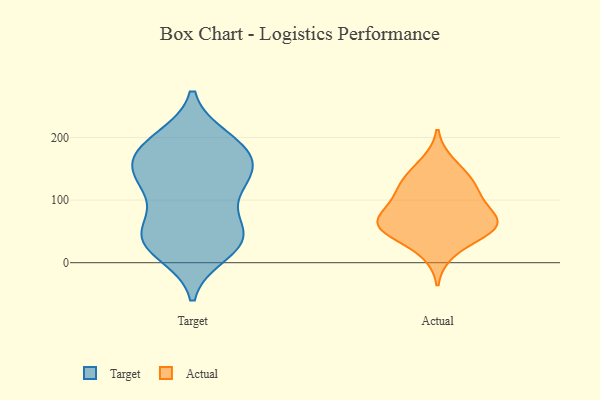
{"axis": {"x": "Latency (ms)", "y": "Value"}, "legend": ["Actual", "Target"], "data": [{"x": "", "y": 44, "type": "Target"}, {"x": "", "y": 167, "type": "Target"}, {"x": "", "y": 185, "type": "Target"}, {"x": "", "y": 146, "type": "Target"}, {"x": "", "y": 174, "type": "Target"}, {"x": "", "y": 28, "type": "Target"}, {"x": "", "y": 33, "type": "Target"}, {"x": "", "y": 107, "type": "Target"}, {"x": "", "y": 131, "type": "Target"}, {"x": "", "y": 160, "type": "Target"}, {"x": "", "y": 197, "type": "Target"}, {"x": "", "y": 135, "type": "Target"}, {"x": "", "y": 16, "type": "Target"}, {"x": "", "y": 117, "type": "Target"}, {"x": "", "y": 48, "type": "Target"}, {"x": "", "y": 45, "type": "Target"}, {"x": "", "y": 50, "type": "Target"}, {"x": "", "y": 193, "type": "Target"}, {"x": "", "y": 161, "type": "Actual"}, {"x": "", "y": 15, "type": "Actual"}, {"x": "", "y": 58, "type": "Actual"}, {"x": "", "y": 88, "type": "Actual"}, {"x": "", "y": 53, "type": "Actual"}, {"x": "", "y": 55, "type": "Actual"}, {"x": "", "y": 81, "type": "Actual"}, {"x": "", "y": 54, "type": "Actual"}, {"x": "", "y": 53, "type": "Actual"}, {"x": "", "y": 135, "type": "Actual"}, {"x": "", "y": 71, "type": "Actual"}, {"x": "", "y": 130, "type": "Actual"}, {"x": "", "y": 118, "type": "Actual"}, {"x": "", "y": 107, "type": "Actual"}]}